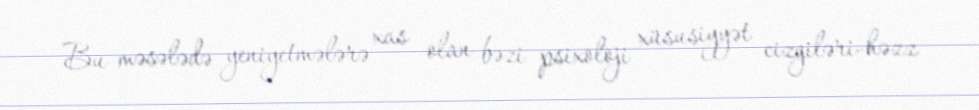
Bu məsələdə yeniyetmələrə xas olan bəzi psixoloji xüsusiyyət cizgiləri-həzz